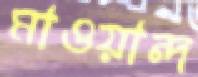
মাওয়ান্দ